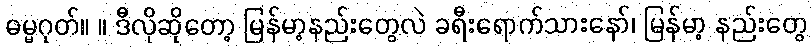
ဓမ္မဂုတ်။ ။ ဒီလိုဆိုတော့ မြန်မာ့နည်းတွေလဲ ခရီးရောက်သားနော်၊ မြန်မာ့ နည်းတွေ